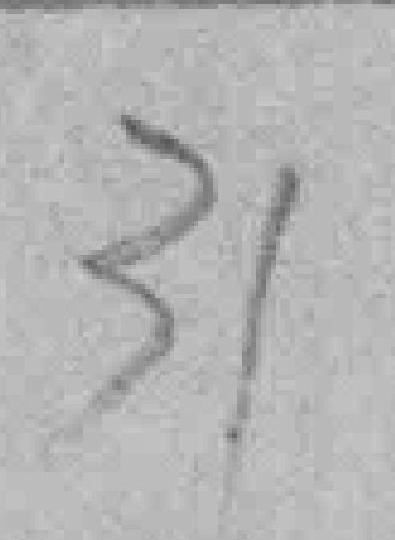
31